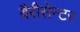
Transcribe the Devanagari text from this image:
बैरीसेन्टर